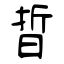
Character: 晢